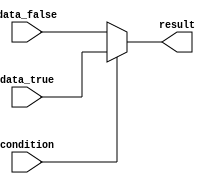
module ternary_operator (
    input condition,
    input data_true,
    input data_false,
    output reg result
);

always @* begin
    result = condition ? data_true : data_false;
end

endmodule